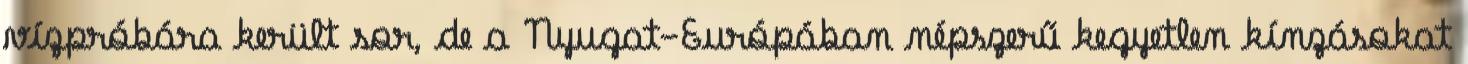
vízpróbára került sor, de a Nyugat-Európában népszerű kegyetlen kínzásokat